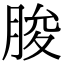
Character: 朘